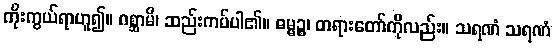
ကိုးကွယ်ရာဟူ၍။ ဂစ္ဆာမိ၊ ဆည်းကပ်ပါ၏။ ဓမ္မဉ္စ၊ တရားတော်ကိုလည်း။ သရဏံ သရဏံ